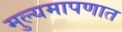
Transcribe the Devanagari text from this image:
मुल्यमापणात